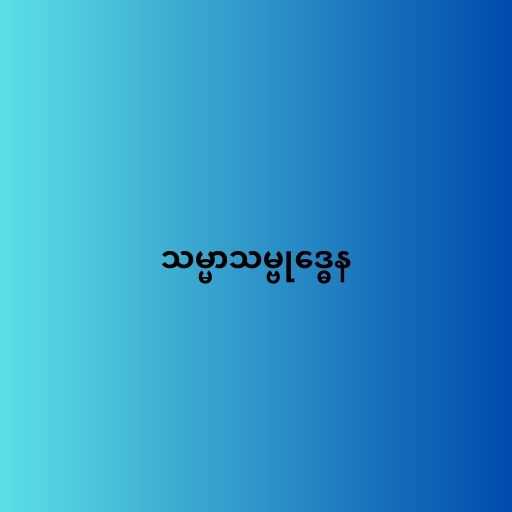
သမ္မာသမ္ဗုဒ္ဓေန